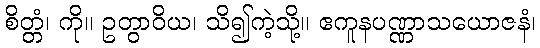
စိတ္တံ၊ ကို။ ဥတွာဝိယ၊ သိ၍ကဲ့သို့။ ဧကူနပဏ္ဏာသယောဇနံ၊